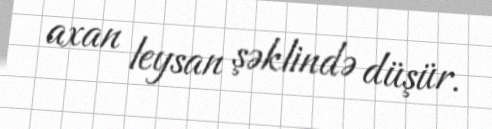
axan leysan şəklində düşür.